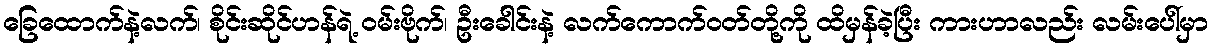
ခြေထောက်နဲ့လက်၊ စိုင်းဆိုင်ဟန်ရဲ့ ၀မ်းဗိုက်၊ ဦးခေါင်းနဲ့ လက်ကောက်၀တ်တို့ကို ထိမှန်ခဲ့ပြီး ကားဟာလည်း လမ်းပေါ်မှာ